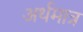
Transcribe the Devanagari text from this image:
अर्थमात्र